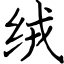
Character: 绒